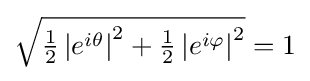
{\sqrt {{\tfrac {1}{2}}\left|e^{i\theta }\right|^{2}+{\tfrac {1}{2}}\left|e^{i\varphi }\right|^{2}}}=1